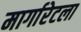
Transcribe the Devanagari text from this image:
मार्गारेटला